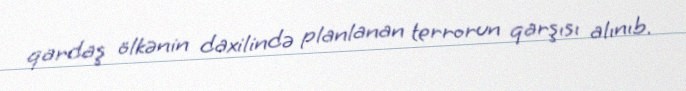
qardaş ölkənin daxilində planlanan terrorun qarşısı alınıb.